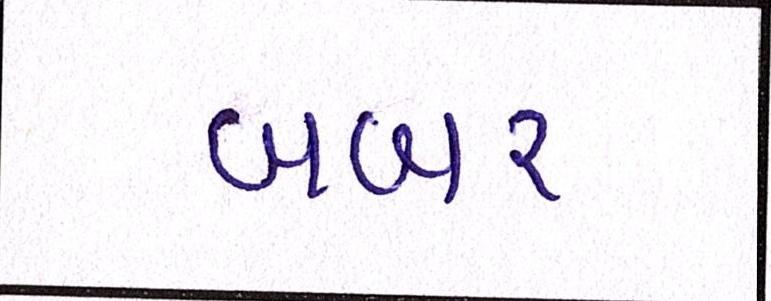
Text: બબર